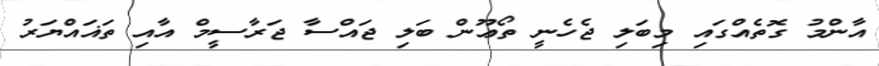
އާންމު ގޮތެއްގައި މިބަލި ޖެހެނީ ތޯޢޫން ބަލި ޖައްސާ ޖަރާސީމް އާއި ތަޣައްޔަރު